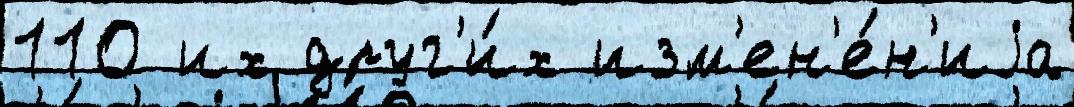
110 их друг'и́х изм'ен'е́н'иjа